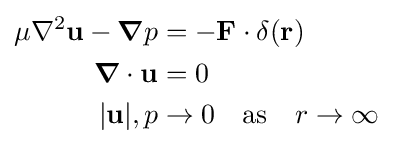
{\begin{aligned}\mu \nabla ^{2}\mathbf {u} -{\boldsymbol {\nabla }}p&=-\mathbf {F} \cdot \mathbf {\delta } (\mathbf {r} )\\{\boldsymbol {\nabla }}\cdot \mathbf {u} &=0\\|\mathbf {u} |,p&\to 0\quad {\mbox{as}}\quad r\to \infty \end{aligned}}